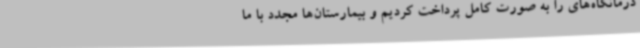
درمانگاه‌های را به صورت کامل پرداخت کردیم و بیمارستان‌ها مجدد با ما